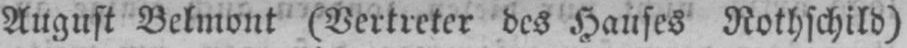
August Belmont (Vertreter des Hauses Rothschild)